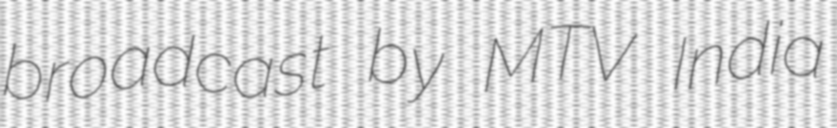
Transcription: broadcast by MTV India